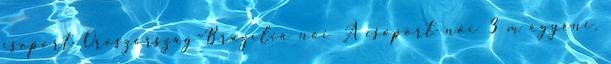
csoport Oroszország–Brazília női A csoport női 3 m egyéni,